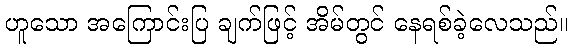
ဟူသော အကြောင်းပြ ချက်ဖြင့် အိမ်တွင် နေရစ်ခဲ့လေသည်။